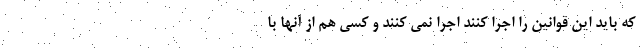
که باید این قوانین را اجرا کنند اجرا نمی کنند و کسی هم از آنها با